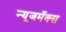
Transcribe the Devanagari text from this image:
न्यूजमॅक्स